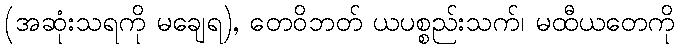
(အဆုံးသရကို မချေရ), တေဝိဘတ် ယပစ္စည်းသက်၊ မထီယတေကို